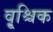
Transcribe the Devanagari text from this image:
वृ्श्चिक